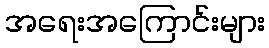
အရေးအကြောင်းများ